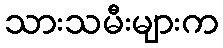
သားသမီးများက